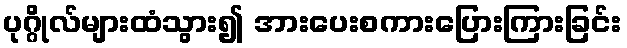
ပုဂ္ဂိုလ်များထံသွား၍ အားပေးစကားပြေားကြားခြင်း